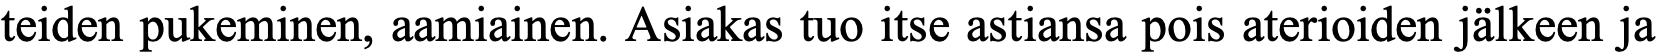
teiden pukeminen, aamiainen. Asiakas tuo itse astiansa pois aterioiden jälkeen ja